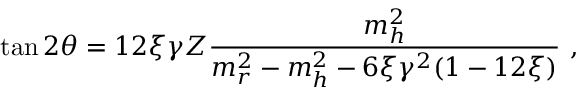
\tan 2 \theta = 1 2 \xi \gamma Z \frac { m _ { h } ^ { 2 } } { m _ { r } ^ { 2 } - m _ { h } ^ { 2 } - 6 \xi \gamma ^ { 2 } ( 1 - 1 2 \xi ) } \mathrm { ~ , ~ }